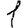
Digit: 1